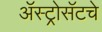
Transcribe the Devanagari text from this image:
ॲस्ट्रोसॅटचे